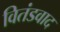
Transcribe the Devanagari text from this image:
वितंडवाद